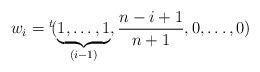
LaTeX: \begin{align*}w_i = {}^t \! (\underbrace{1,\dots ,1}_{\scriptsize (i-1)},\frac{n-i+1}{n+1},0,\dots ,0)\end{align*}